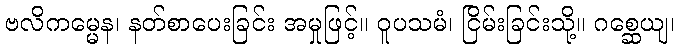
ဗလိကမ္မေန၊ နတ်စာပေးခြင်း အမှုဖြင့်။ ဝူပသမံ၊ ငြိမ်းခြင်းသို့။ ဂစ္ဆေယျ၊